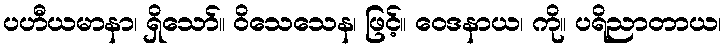
ပဟီယမာနာ၊ ရှိသော်။ ဝိသေသေန၊ ဖြင့်။ ဝေဒနာယ၊ ကို။ ပရိညာတာယ၊